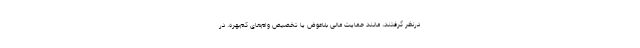
درنظر گرفتند، مانند حمایت مالی بلاعوض یا تخصیص وام‌های کم‌بهره. در